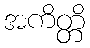
အကိတ္တိ